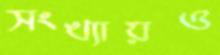
সংখ্যায়ও